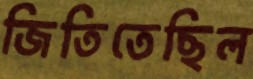
জিতিতেছিল